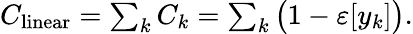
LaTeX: \begin{array}{r}{C_{\mathrm{linear}}=\sum_{k}C_{k}=\sum_{k}\big(1-\varepsilon[y_{k}]\big).}\end{array}